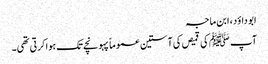
ابو داؤد، ابن ماجہ
آپ ﷺ کی قمیص کی آستین عموماً پہونچے تک ہوا کرتی تھی۔